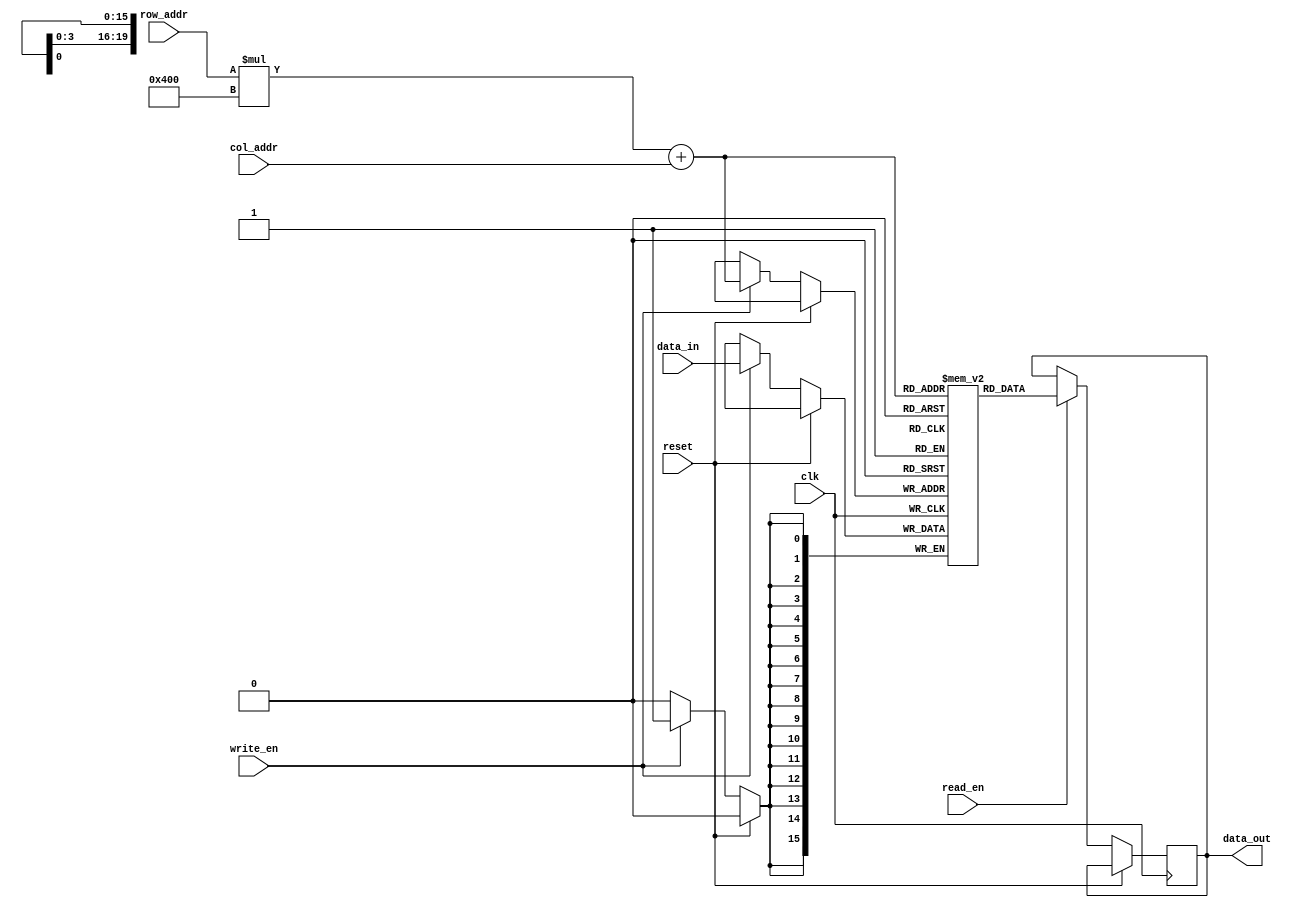
module lpddr_ram (
    input wire clk,
    input wire reset,
    input wire [ADDR_WIDTH-1:0] row_addr,
    input wire [ADDR_WIDTH-1:0] col_addr,
    input wire write_en,
    input wire read_en,
    input wire [DATA_WIDTH-1:0] data_in,
    output reg [DATA_WIDTH-1:0] data_out
);

parameter ADDR_WIDTH = 10; // Example address width
parameter DATA_WIDTH = 16; // Example data width

reg [DATA_WIDTH-1:0] memory [0:2**ADDR_WIDTH-1][0:2**ADDR_WIDTH-1];

always @(posedge clk) begin
    if (reset) begin
        // Reset logic here
    end else begin
        if (write_en) begin
            memory[row_addr][col_addr] <= data_in;
        end
        if (read_en) begin
            data_out <= memory[row_addr][col_addr];
        end
    end
end

endmodule